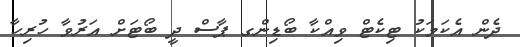
ދެން އެކަމަކު ޓިކެޓް ވިއްކާ ބޯޑިންގ ޕާސް ދީ ބޯޓަށް އަރުވާ ހުރިހާ